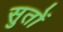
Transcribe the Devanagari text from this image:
सुतों